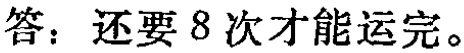
答：还要 8 次才能运完。